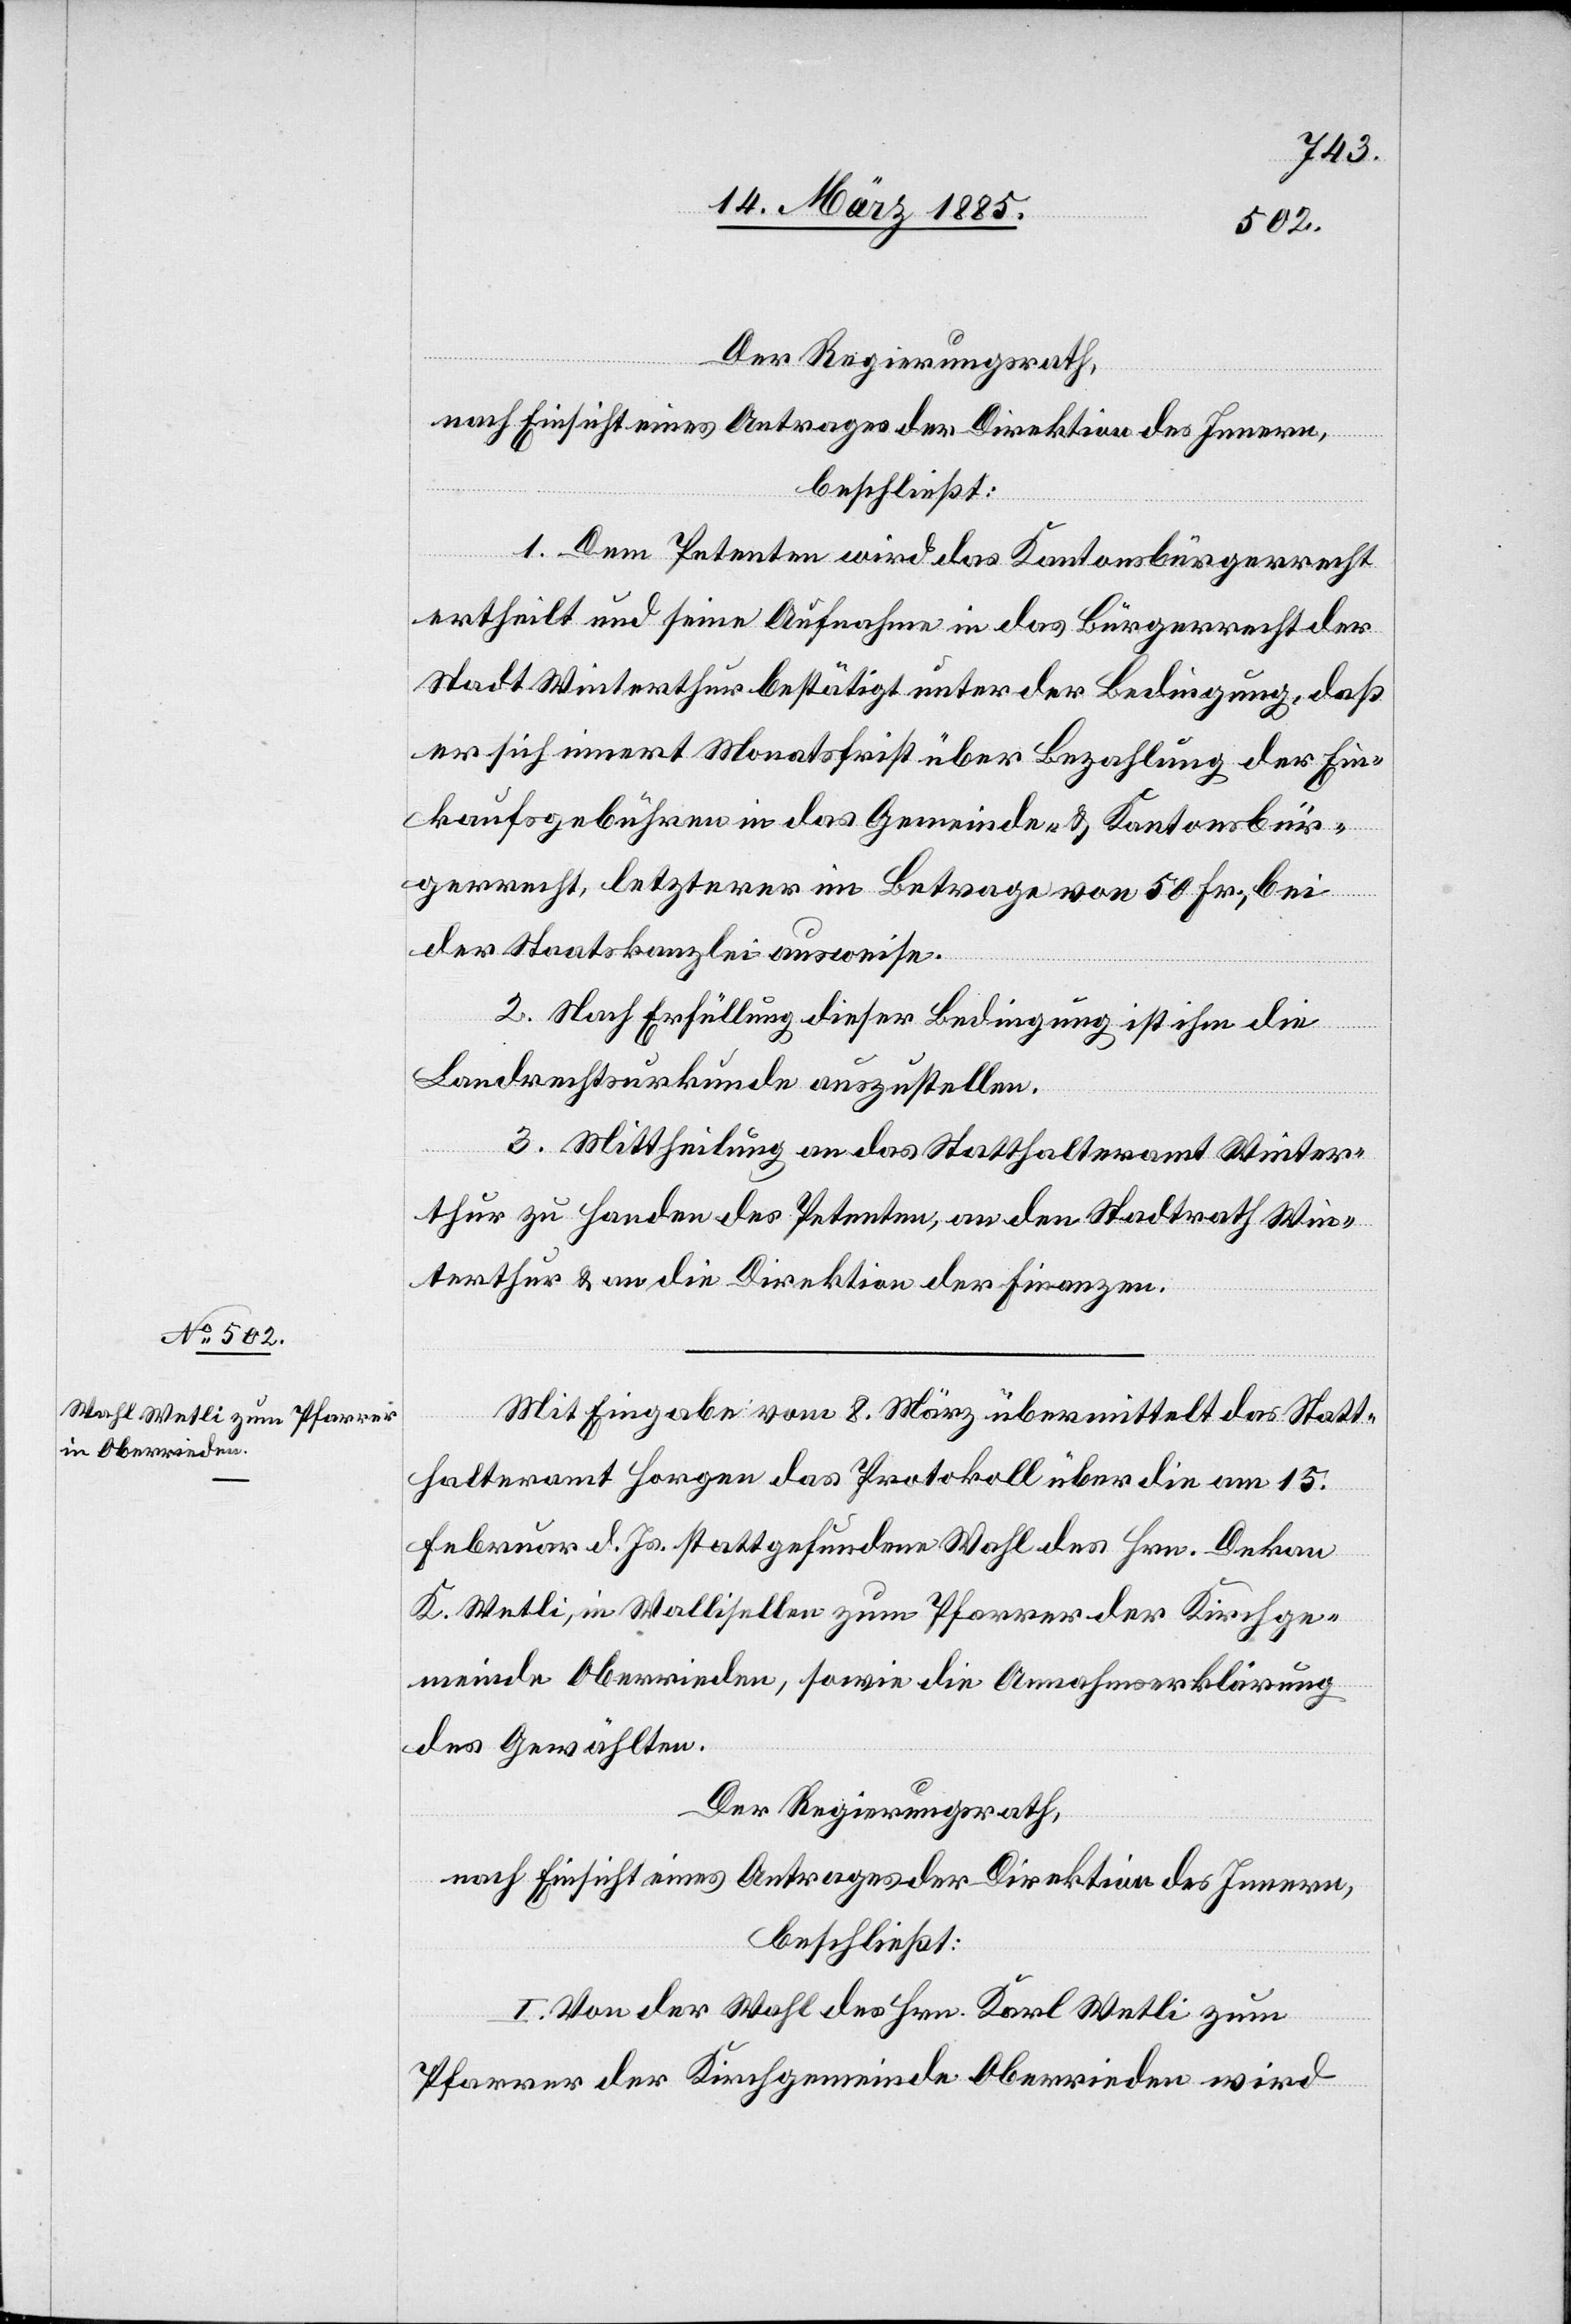
Der Regierungsrath,
nach Einsicht eines Antrages der Direktion des Innern,
beschließt:
1. Dem Petenten wird das Kantonsbürgerrecht
ertheilt und seine Aufnahme in das Bürgerrecht der
Stadt Winterthur bestätigt unter der Bedingung, daß
er sich innert Monatsfrist über Bezahlung der Ein¬
kaufsgebühren in das Gemeinde- & Kantonsbür¬
gerrecht, letzterer im Betrage von 50 Fr., bei
der Staatskanzlei ausweise.
2. Nach Erfüllung dieser Bedingung ist ihm die
Landrechtsurkunde auszustellen.
3. Mittheilung an das Statthalteramt Winter¬
thur zu Handen des Petenten, an den Stadtrath Win¬
terthur & an die Direktion der Finanzen.
Mit Eingabe vom 8. März übermittelt das Statt¬
halteramt Horgen das Protokoll über die am 15.
Februar d. Js. stattgefundene Wahl des Hrn. Dekan
K. Wetli, in Wallisellen zum Pfarrer der Kirchge¬
meinde Oberrieden, sowie die Annahmserklärung
des Gewählten.
Der Regierungsrath,
nach Einsicht eines Antrages der Direktion des Innern,
beschließt:
I. Von der Wahl des Hrn. Karl Wetli zum
Pfarrer der Kirchgemeinde Oberrieden wird